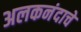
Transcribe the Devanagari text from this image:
अलकनंदाचे